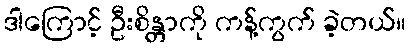
ဒါကြောင့် ဦးစိန္တာကို ကန့်ကွက် ခဲ့တယ်။